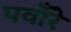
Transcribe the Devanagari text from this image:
पवाँरे